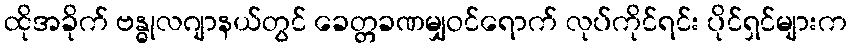
ထိုအခိုက် ဗန္ဓုလဂျာနယ်တွင် ခေတ္တခဏမျှဝင်ရောက် လုပ်ကိုင်ရင်း ပိုင်ရှင်များက